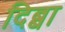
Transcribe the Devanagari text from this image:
दिब्बा